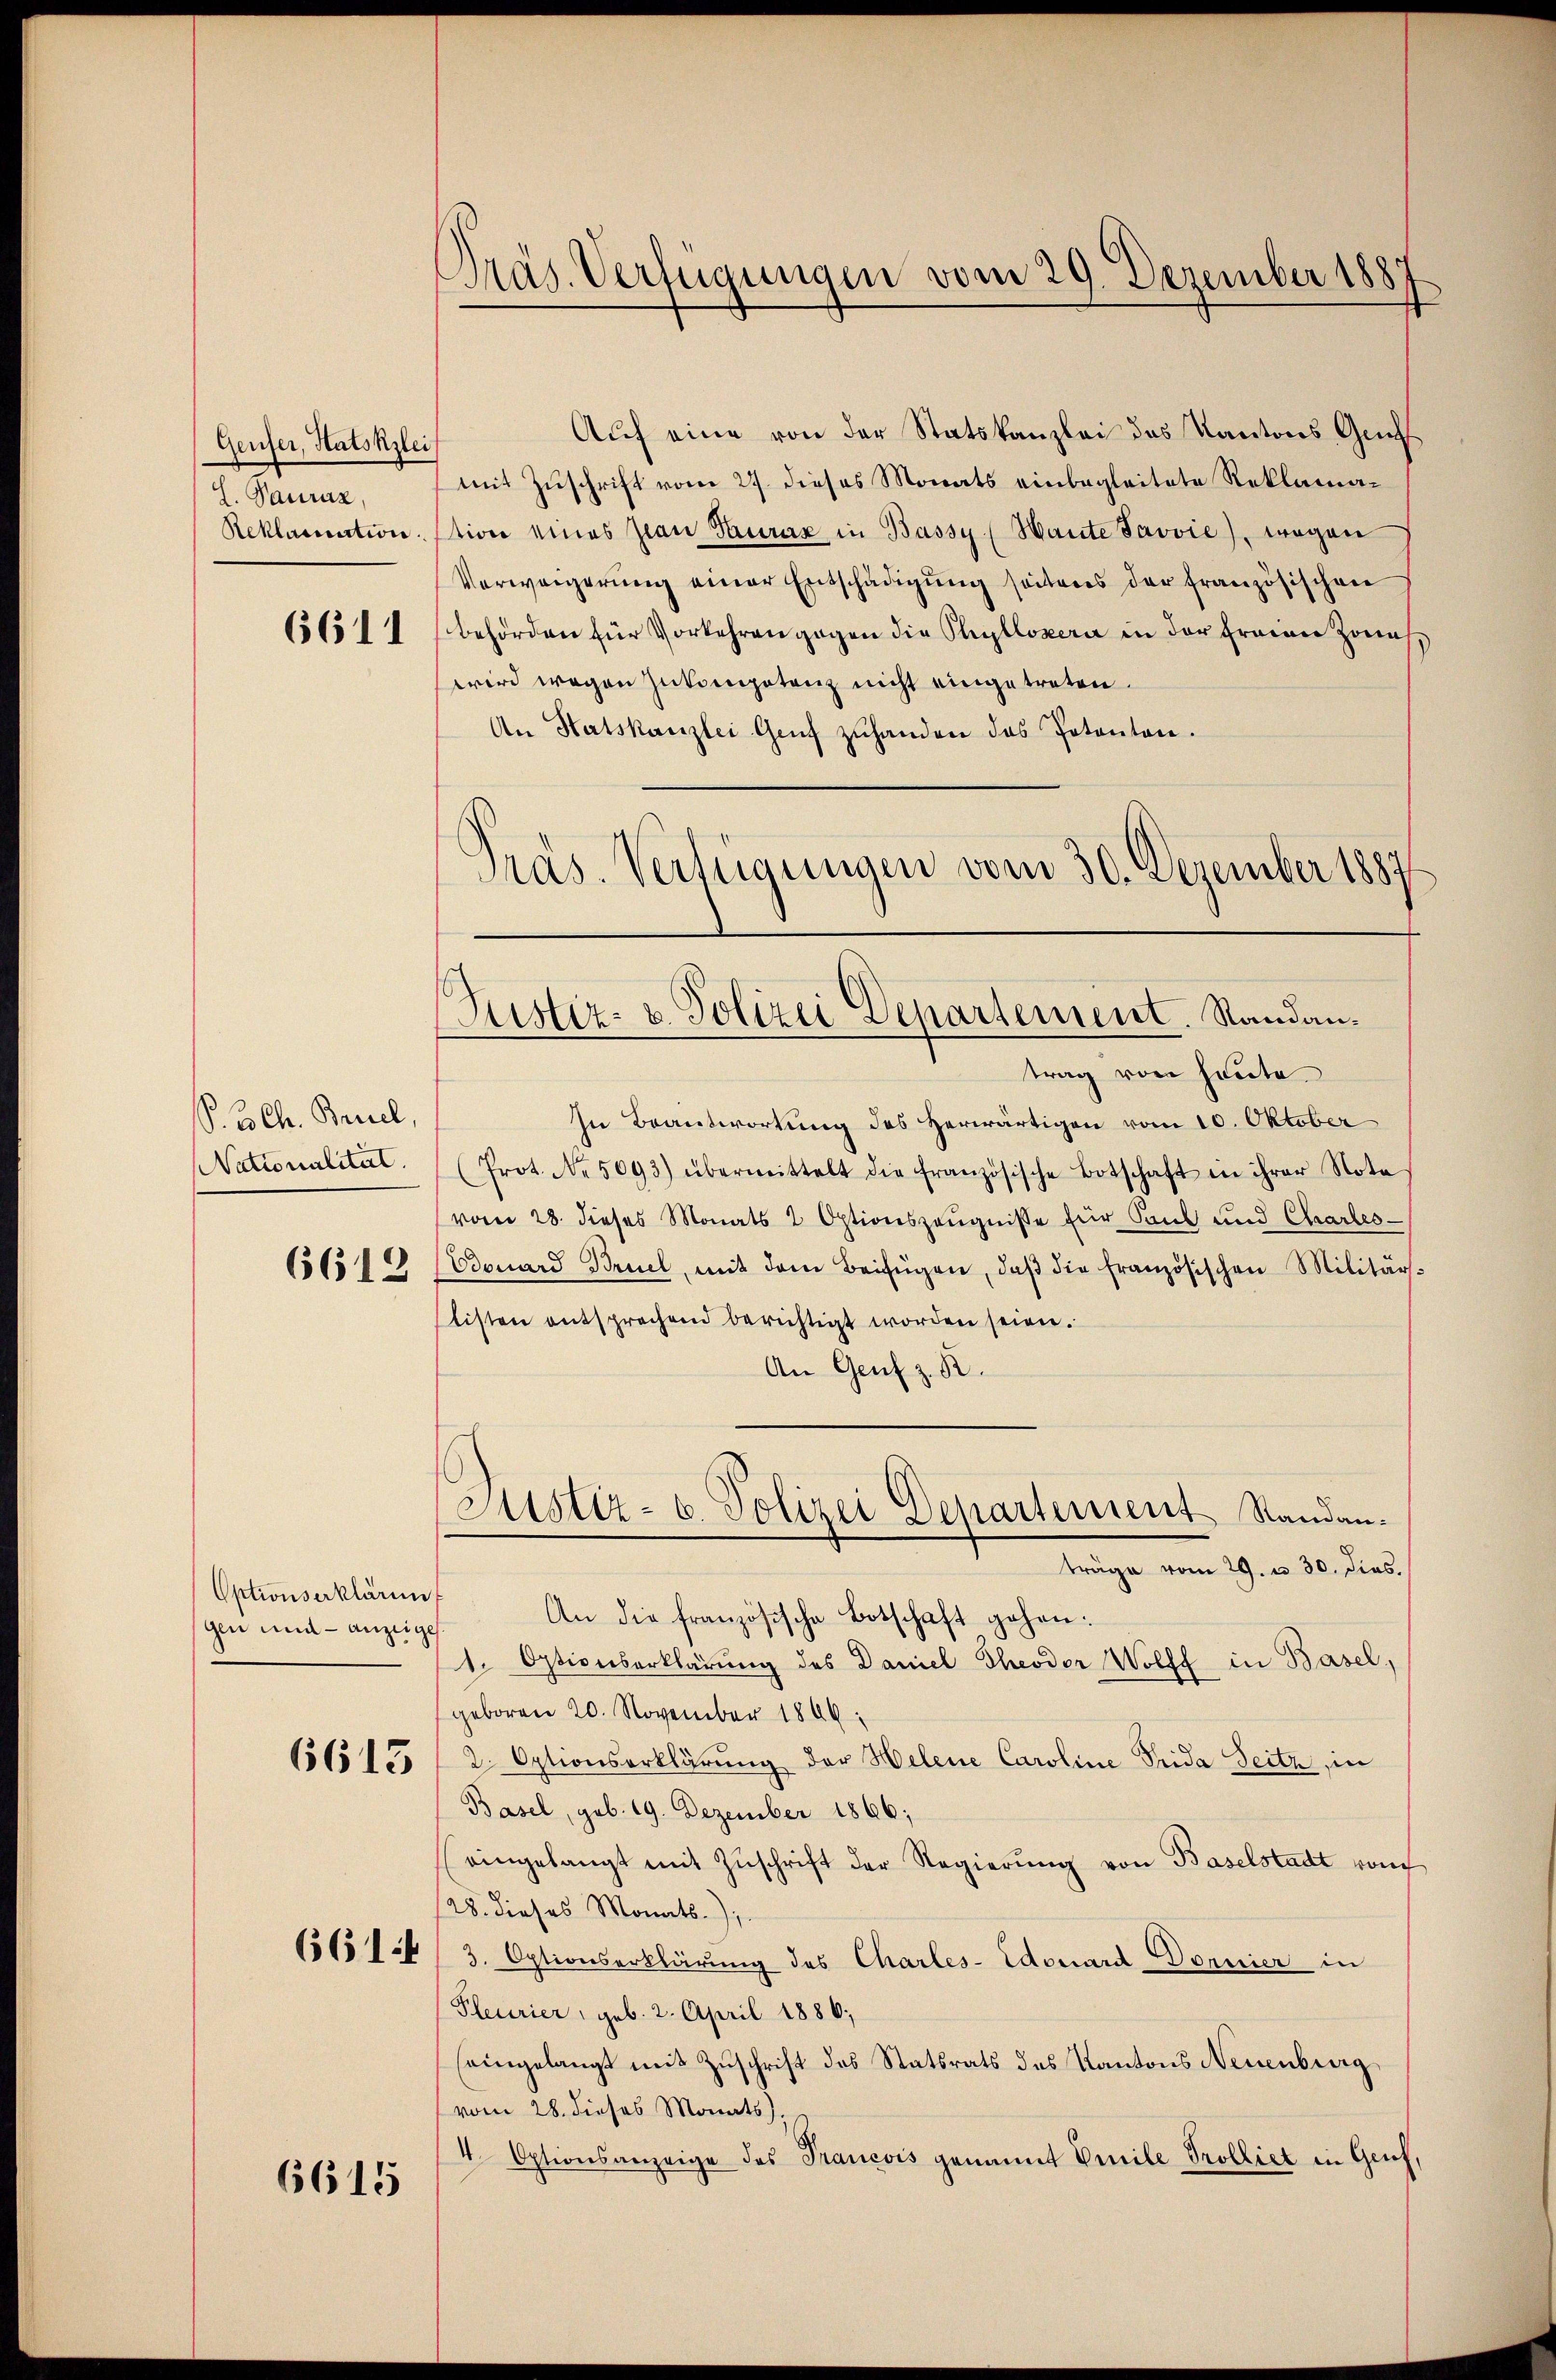
Geuser, Statsklei
L. Pauráz,
Reklamation
6611

S. 3. Ch. Bruel,
Nationalität.
6612

Optionserklärun
gen und - anzeige

6613

661.

6615

Präs. Verfügungen vom 29. Dezember 188

Pras. Verfügungen vom 30. Dezember 1887
Justiz- u. Polizei Departement. Randan¬

Auf eine von der Statskanzlei des Kantons Greff
mit Zuschrift vom 27. dieses Monats einbegleitete Reklamation eines Jean Kuraz in Bassy (Haute Javvie), wegen
Verweigerung einer Entschädigung seitens der französischen
behörden für Vorkehren gegen die Phyllosera in der Ermann Zoneswird wegen zukompetenz nicht eingetreten.
An Hatskanzlei Genf zŭhanden das Petenten.
trag von heute.
In Beantwortung des Herwärtigen vom 10. Oktober
(Prot. No. 5093) übermittelt die französische Botschaft in ihrer Nota
vom 28. dieses Monats 2 Optionszeugnisse für Saub und Charles-
Edouard Bruel, mit dem Beifügen, daβ die französischen Militär-
tisten entsprechend berichtigt worden seien.
An Genf z. R.
Justiz- u. Polizei Departement Standen.
träge vom 29. u. 30. dies
An die französische Botschaft gehen:
1. Optionserklärung des Daniel Theodor Wolff in Basel,
geboren 20. November 1806.
2 Optionserklärung der Helene Caroline Frida Seitz, in
Basel, geb. 19. Dezember 1866;
(eingelangt mit Zŭschrift der Regierŭng von Baselstadt von
28. dieses Monats,
3. Optionserklärung des Charles-Edouard Dornier in
Pleurier, geb. 2. April 1886;
seingelangt mit Zuschrift des Statsrats des Kantons Neuenburg,
vom 28. dieses Monats).
4 Optionsanzeige des Prancois genannt Emile Prolliet in Genf,